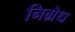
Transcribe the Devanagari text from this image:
निग्रेध